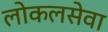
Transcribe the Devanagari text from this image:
लोकलसेवा